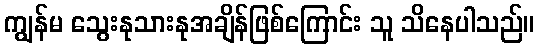
ကျွန်မ သွေးနုသားနုအချိန်ဖြစ်ကြောင်း သူ သိနေပါသည်။